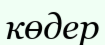
көдер